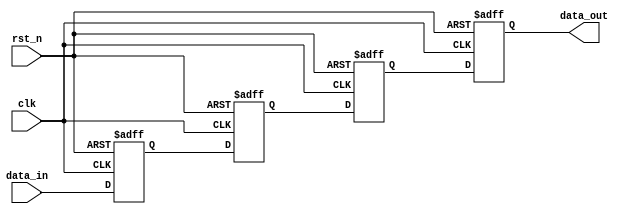
// This program was cloned from: https://github.com/intel/aib-phy-hardware
// License: Apache License 2.0

// SPDX-License-Identifier: Apache-2.0
// Copyright (C) 2019 Intel Corporation. All rights reserved
//****************************************************************************************
// (C) 2009 Altera Corporation. All rights reserved.
//
//****************************************************************************************

//------------------------------------------------------------------------
// Revision:    $Revision: #1 $
//------------------------------------------------------------------------
// Description:
//
//------------------------------------------------------------------------
module cdclib_sync4_set_type_l_gate
    (
    input  wire              clk,     // clock
    input  wire              rst_n,   // async reset
    input  wire 	     data_in, // data in
    output wire 	     data_out // data out
     );


   reg		data_in_sync;
   reg		data_in_sync2;
   reg		data_in_sync3;
   reg		data_in_sync4;
   
   always @(negedge rst_n or posedge clk) begin
      if (rst_n == 1'b0) begin
        data_in_sync <= 	1'b1;
        data_in_sync2 <= 	1'b1;
        data_in_sync3 <= 	1'b1;
        data_in_sync4 <= 	1'b1;
      end
      else begin
        data_in_sync <= 	data_in;
        data_in_sync2 <= 	data_in_sync;
        data_in_sync3 <= 	data_in_sync2;
        data_in_sync4 <= 	data_in_sync3;
      end
   end    
     
   assign data_out = data_in_sync4;

endmodule // cdclib_sync4_set_type_l_gate